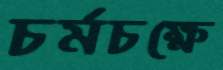
চর্মচক্ষে